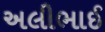
અલીભાઈ